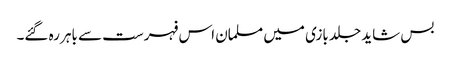
بس شاید جلد بازی میں مسلمان اس فہرست سے باہر رہ گئے۔